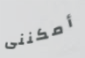
أمكننى